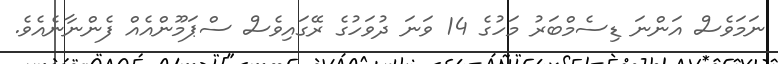
ނަމަވެސް އަންނަ ޑިސެމްބަރު މަހުގެ 14 ވަނަ ދުވަހުގެ ރޭގައިވެސް ސްޕަމޫންއެއް ފެންނާނެއެވެ.